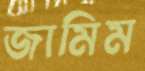
জামিম